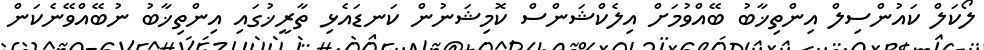
ލޯކަލް ކައުންސިލް އިންތިޚާބު ބޭއްވުމަށް އިލެކްޝަންސް ކޮމިޝަނުން ކަނޑައެޅި ތާރީޚުގައި އިންތިޚާބު ނުބޭއްވޭނެކަން